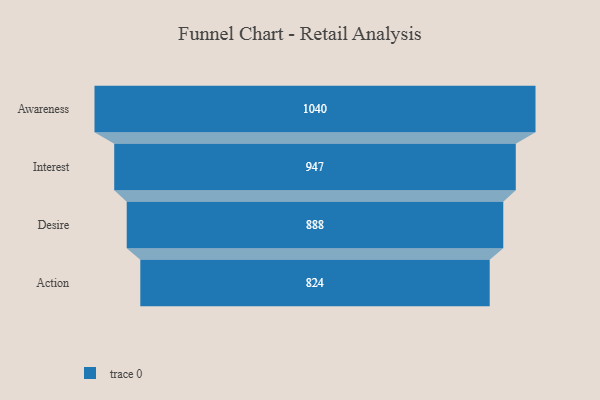
{"axis": {"x": "Stage", "y": "Value"}, "legend": [""], "data": [{"x": "Awareness", "y": 1040.0, "type": ""}, {"x": "Interest", "y": 947.0, "type": ""}, {"x": "Desire", "y": 888.0, "type": ""}, {"x": "Action", "y": 824.0, "type": ""}]}